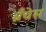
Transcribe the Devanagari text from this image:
ब्रँचेस